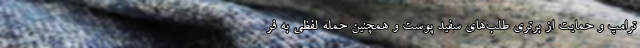
ترامپ و حمایت از برتری طلب‌های سفید پوست و همچنین حمله لفظی به فر